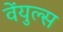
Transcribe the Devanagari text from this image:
वेंयुल्स